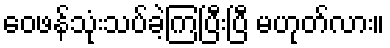
ဝေဖန်သုံးသပ်ခဲ့ကြပြီးပြီ မဟုတ်လား။